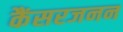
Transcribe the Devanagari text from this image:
कैंसरजनन